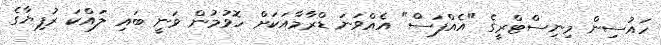
ހައުސިން މިނިސްޓްރީގެ "އެއްފަސް" އެއްވަނަ ޑްރާމާއަކަށް ހޮވުމުން ވަނީ ބައި ލައްކަ ރުފިޔާގެ